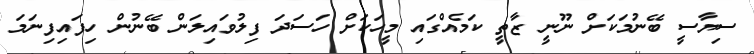
ސިޔާސީ ބޭނުމަކަށް ނޫނީ ޒާތީ ކަމެއްގައި މީހަކަށް ހަސަދަ ފިލުވައިލަން ބޭނުން ހިފައިފިނަމަ